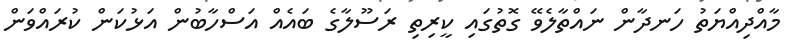
މާއްދިއްޔަތު ހަނދާން ނައްތާލެވޭ ގޮތުގައި ކީރިތި ރަސޫލާގެ ބައެއް އަސްހާބުން އަޅުކަން ކުރައްވަން